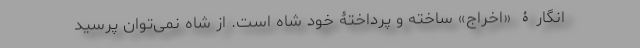
انگارۀ «اخراج» ساخته و پرداختۀ خود شاه است. از شاه نمی‌توان پرسید